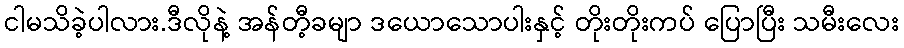
ငါမသိခဲ့ပါလား.ဒီလိုနဲ့ အန်တီ့ခမျာ ဒယောသောပါးနှင့် တိုးတိုးကပ် ပြောပြီး သမီးလေး